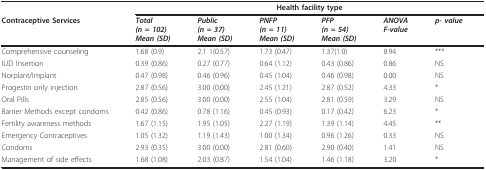
<table><thead><tr><td>[EMPTY_CELL]</td><td colspan="6"><b>Health facility type</b></td></tr><tr><td><b>Contraceptive Services</b></td><td><b><i>Total</i><i>(n = 102)</i><i>Mean (SD)</i></b></td><td><b><i>Public</i><i>(n = 37)</i><i>Mean (SD)</i></b></td><td><b><i>PNFP</i><i>(n = 11)</i><i>Mean (SD)</i></b></td><td><b><i>PFP</i><i>(n = 54)</i><i>Mean (SD)</i></b></td><td><b><i>ANOVA</i><i>F-value</i></b></td><td><b><i>p- value</i></b></td></tr></thead><tbody><tr><td>Comprehensive counseling</td><td>1.68 (0.9)</td><td>2.1 1(0.57)</td><td>1.73 (0.47)</td><td>1.37(1.0)</td><td>8.94</td><td>***</td></tr><tr><td>IUD Insertion</td><td>0.39 (0.86)</td><td>0.27 (0.77)</td><td>0.64 (1.12)</td><td>0.43 (0.86)</td><td>0.86</td><td>NS</td></tr><tr><td>Norplant/Implant</td><td>0.47 (0.98)</td><td>0.46 (0.96)</td><td>0.45 (1.04)</td><td>0.46 (0.98)</td><td>0.00</td><td>NS</td></tr><tr><td>Progestin only injection</td><td>2.87 (0.56)</td><td>3.00 (0.00)</td><td>2.45 (1.21)</td><td>2.87 (0.52)</td><td>4.33</td><td>*</td></tr><tr><td>Oral Pills</td><td>2.85 (0.56)</td><td>3.00 (0.00)</td><td>2.55 (1.04)</td><td>2.81 (0.59)</td><td>3.29</td><td>NS</td></tr><tr><td>Barrier Methods except condoms</td><td>0.42 (0.86)</td><td>0.78 (1.16)</td><td>0.45 (0.93)</td><td>0.17 (0.42)</td><td>6.23</td><td>*</td></tr><tr><td>Fertility awareness methods</td><td>1.67 (1.15)</td><td>1.95 (1.05)</td><td>2.27 (1.19)</td><td>1.39 (1.14)</td><td>4.45</td><td>**</td></tr><tr><td>Emergency Contraceptives</td><td>1.05 (1.32)</td><td>1.19 (1.43)</td><td>1.00 (1.34)</td><td>0.96 (1.26)</td><td>0.33</td><td>NS</td></tr><tr><td>Condoms</td><td>2.93 (0.35)</td><td>3.00 (0.00)</td><td>2.81 (0.60)</td><td>2.90 (0.40)</td><td>1.41</td><td>NS</td></tr><tr><td>Management of side effects</td><td>1.68 (1.08)</td><td>2.03 (0.87)</td><td>1.54 (1.04)</td><td>1.46 (1.18)</td><td>3.20</td><td>*</td></tr></tbody></table>